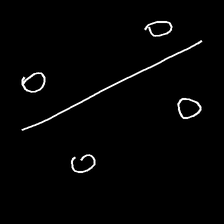
Glyph: cool